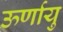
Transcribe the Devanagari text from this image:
ऊर्णायु